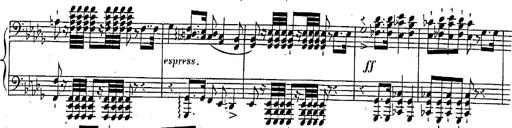
Title: Marche et Cavatine de Lucie de Lammermoor, S.398
Composer: Franz Liszt